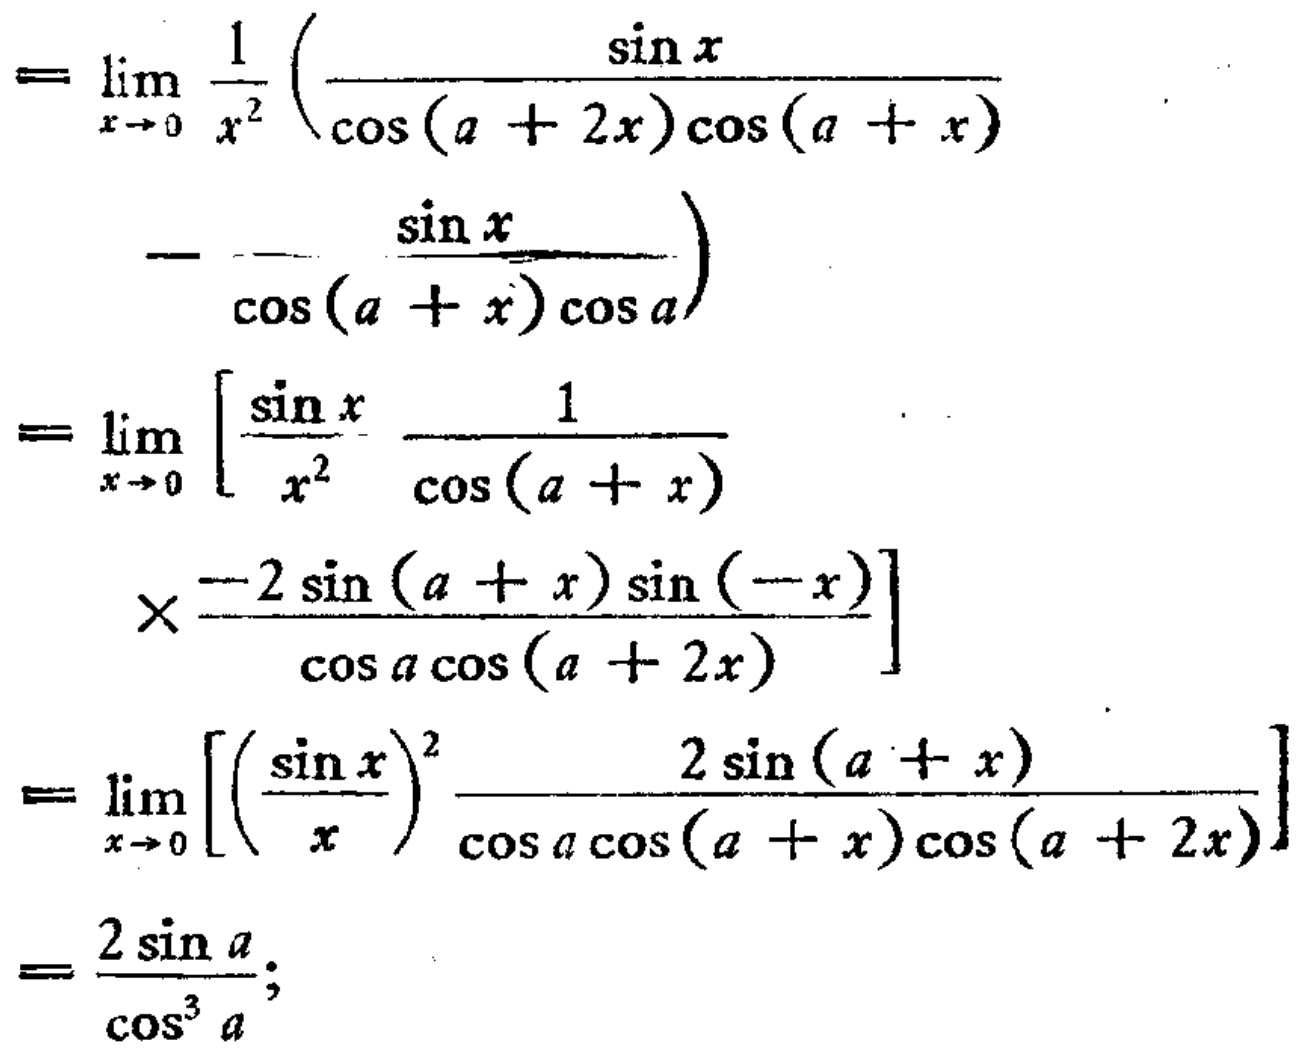
\[
\begin{align*}
&=\lim_{x \to 0} \frac{1}{x^{2}}\left(\frac{\sin x}{\cos(a + 2x)\cos(a + x)}-\frac{\sin x}{\cos(a + x)\cos a}\right)\\
&=\lim_{x \to 0} \left[\frac{\sin x}{x^{2}}\frac{1}{\cos(a + x)}\times\frac{-2\sin(a + x)\sin(-x)}{\cos a\cos(a + 2x)}\right]\\
&=\lim_{x \to 0}\left[\left(\frac{\sin x}{x}\right)^{2}\frac{2\sin(a + x)}{\cos a\cos(a + x)\cos(a + 2x)}\right]\\
&=\frac{2\sin a}{\cos^{3}a};
\end{align*}
\]